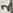
Text: 2